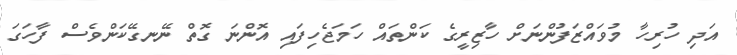
އަދި ހުރިހާ މުވައްޒަފުންނަށް ހާޒިރީގެ ކަންތައް ހަމަޖެހިފައި އޮންނަ ގޮތް ނޭނގޭކަންވެސް ފާހަގަ